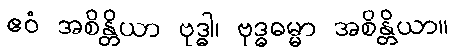
ဧဝံ အစိန္တိယာ ဗုဒ္ဓါ၊ ဗုဒ္ဓဓမ္မာ အစိန္တိယာ။